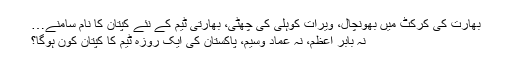
بھارت کی کرکٹ میں بھونچال، ویرات کوہلی کی چھٹی، بھارتی ٹیم کے نئے کپتان کا نام سامنے…
نہ بابر اعظم، نہ عماد وسیم، پاکستان کی ایک روزہ ٹیم کا کپتان کون ہوگا؟